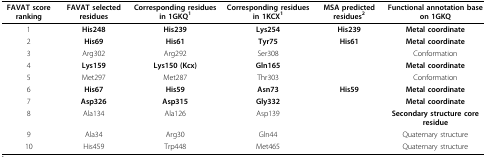
| FAVAT score ranking | FAVAT selected residues | Corresponding residues in 1GKQ1 | Corresponding residues in 1KCX1 | MSA predicted residues2 | Functional annotation base on 1GKQ |
 | --- | --- | --- | --- | --- | --- |
 | 1 | His248 | His239 | Lys254 | His239 | Metal coordinate |
 | 2 | His69 | His61 | Tyr75 | His61 | Metal coordinate |
 | 3 | Arg302 | Arg292 | Ser308 |  | Conformation |
 | 4 | Lys159 | Lys150 (Kcx) | Gln165 |  | Metal coordinate |
 | 5 | Met297 | Met287 | Thr303 |  | Conformation |
 | 6 | His67 | His59 | Asn73 | His59 | Metal coordinate |
 | 7 | Asp326 | Asp315 | Gly332 |  | Metal coordinate |
 | 8 | Ala134 | Ala126 | Asp139 |  | Secondary structure core residue |
 | 9 | Ala34 | Arg30 | Gln44 |  | Quaternary structure |
 | 10 | His459 | Trp448 | Met465 |  | Quaternary structure |